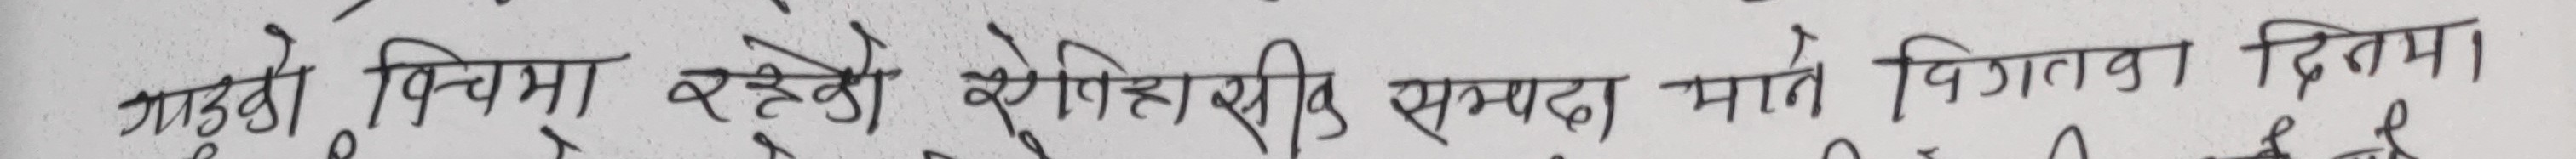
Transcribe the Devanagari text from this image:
गाउँको बिचमा रहेको पेशाहरू सम्बदा माने विगतका दिनमा।